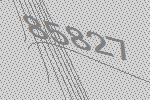
85827